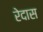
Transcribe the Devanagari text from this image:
रेदास